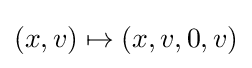
(x,v)\mapsto (x,v,0,v)